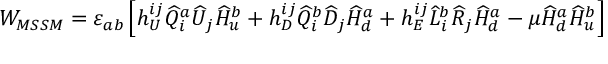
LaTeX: W _ { M S S M } = \varepsilon _ { a b } \left[ h _ { U } ^ { i j } \widehat Q _ { i } ^ { a } \widehat U _ { j } \widehat H _ { u } ^ { b } + h _ { D } ^ { i j } \widehat Q _ { i } ^ { b } \widehat D _ { j } \widehat H _ { d } ^ { a } + h _ { E } ^ { i j } \widehat L _ { i } ^ { b } \widehat R _ { j } \widehat H _ { d } ^ { a } - \mu \widehat H _ { d } ^ { a } \widehat H _ { u } ^ { b } \right]